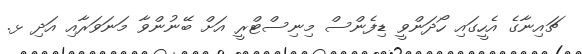
ޗައިނާގެ އެހީގައި ހޯދަންވީ ޑިފެންސް މިނިސްޓްރީ އަށް ބޭނުންވާ މަނަވަރާއި އަދި ޅ.